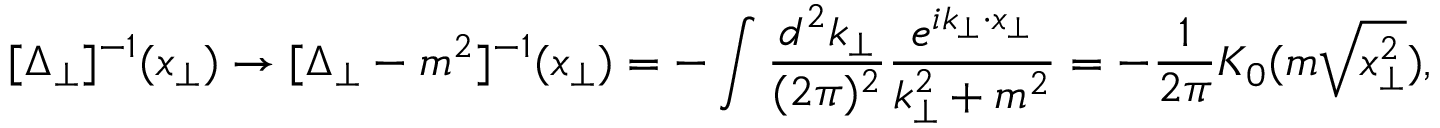
[ \Delta _ { \perp } ] ^ { - 1 } ( x _ { \perp } ) \rightarrow [ \Delta _ { \perp } - m ^ { 2 } ] ^ { - 1 } ( x _ { \perp } ) = - \int \frac { d ^ { 2 } k _ { \perp } } { ( 2 \pi ) ^ { 2 } } \frac { e ^ { i k _ { \perp } \cdot x _ { \perp } } } { k _ { \perp } ^ { 2 } + m ^ { 2 } } = - \frac { 1 } { 2 \pi } K _ { 0 } ( m \sqrt { x _ { \perp } ^ { 2 } } ) ,